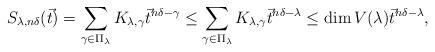
LaTeX: \begin{align*}S_{\lambda,n\delta}(\vec{t})=\sum_{\gamma\in\Pi_{\lambda}}K_{\lambda,\gamma}\vec{t}^{n\delta-\gamma}\leq\sum_{\gamma\in\Pi_{\lambda}}K_{\lambda,\gamma}\vec{t}^{n\delta-\lambda}\leq\dim V(\lambda)\vec{t}^{n\delta-\lambda},\end{align*}